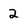
Character: 2